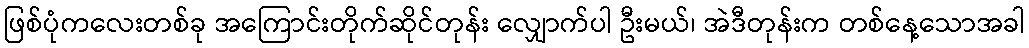
ဖြစ်ပုံကလေးတစ်ခု အကြောင်းတိုက်ဆိုင်တုန်း လျှောက်ပါ ဦးမယ်၊ အဲဒီတုန်းက တစ်နေ့သောအခါ